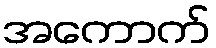
အကောက်